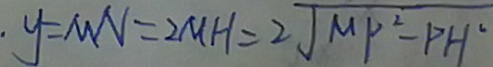
. y = M N = 2 M H = 2 \sqrt { M P ^ { 2 } - P H ^ { 2 } }